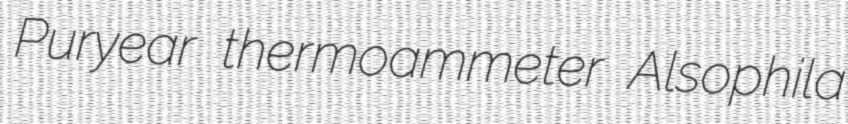
Puryear thermoammeter Alsophila